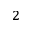
^ { 2 }